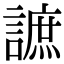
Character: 謶